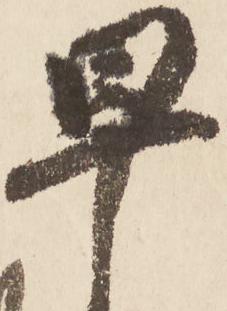
早